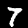
Label: 7